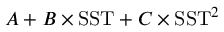
A + B \times \mathrm { S S T } + C \times \mathrm { S S T } ^ { 2 }